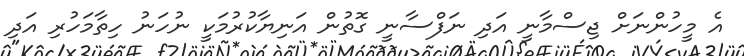
އެ މީހުންނަށް ޖިސްމާނީ އަދި ނަފްސާނީ ގޮތުން އަނިޔާކުރުމަކީ ނުހަނު ހިތާމަހުރި އަދި